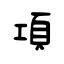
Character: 項